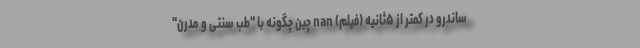
ساندرو در کمتر از ۵ثانیه (فیلم) nan چین چگونه با "طب سنتی و مدرن"